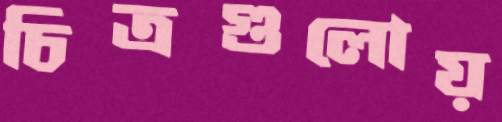
চিত্রগুলোয়